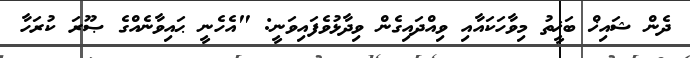
ދެން ޝައިޚް ބަޚީތު މިވާހަކައާއި ވިއްދައިގެން ވިދާޅުވެފައިވަނީ: "އެހެނީ ޙައިވާނެއްގެ ޞޫރަ ކުރަހާ